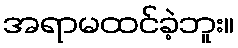
အရာမထင်ခဲ့ဘူး။